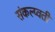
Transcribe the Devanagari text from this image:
संकल्प्वती